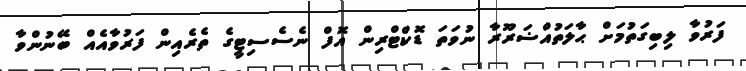
ފަރުވާ ލިބިގަތުމަށް ޙާލަތުއްޟަރޫރާ ނުވަތަ ޑޮކްޓްރިން އޮފް ނެސެސިޓީގެ ތެރެއިން ފަރުވާއެއް ބޭނުންވާ